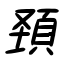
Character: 頚